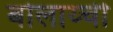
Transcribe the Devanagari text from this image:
बोलाय्ची